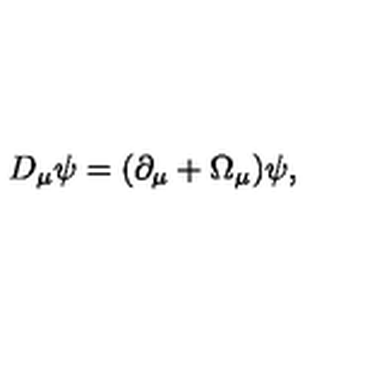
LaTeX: D _ { \mu } \psi = ( \partial _ { \mu } + \Omega _ { \mu } ) \psi ,